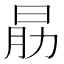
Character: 𣌰